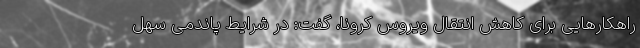
راهکارهایی برای کاهش انتقال ویروس کرونا، گفت: در شرایط پاندمی سهل